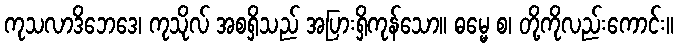
ကုသလာဒိဘေဒေ၊ ကုသိုလ် အစရှိသည် အပြားရှိကုန်သော။ ဓမ္မေ စ၊ တို့ကိုလည်းကောင်း။